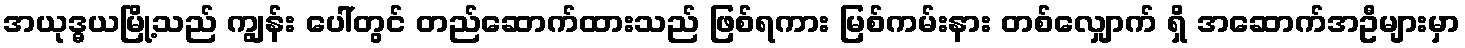
အယုဒ္ဓယမြို့သည် ကျွန်း ပေါ်တွင် တည်ဆောက်ထားသည် ဖြစ်ရကား မြစ်ကမ်းနား တစ်လျှောက် ရှိ အဆောက်အဦများမှာ